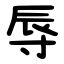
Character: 辱